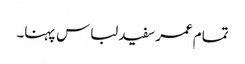
تمام عمر سفید لباس پہنا۔